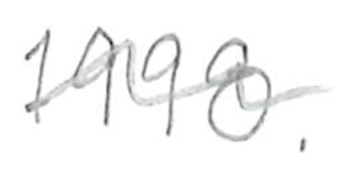
Text: 1998.
Cross-out: wave
Writing tool: pencil